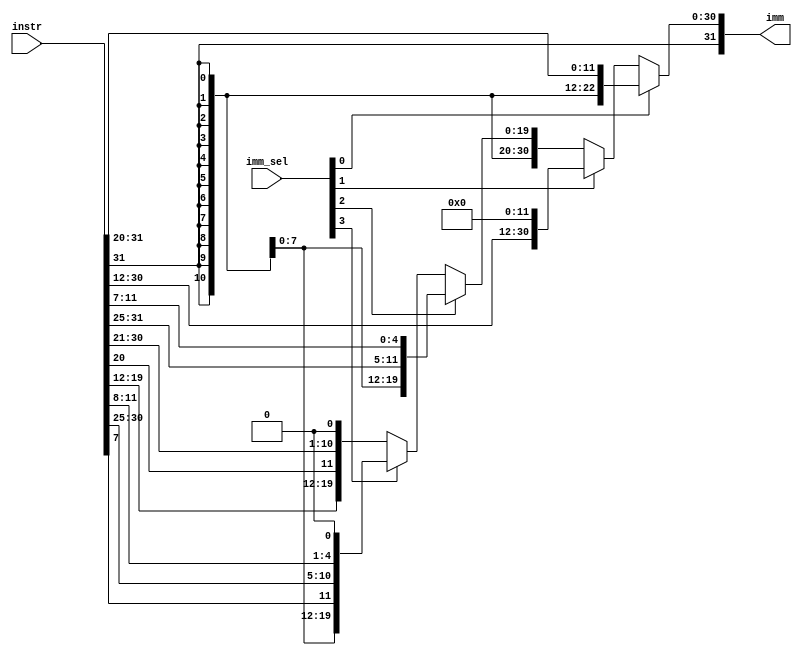
/* verilator lint_off UNUSEDSIGNAL */
module identIMM(
    input [31:0] instr,
    input [4:0] imm_sel,
    output [31:0] imm
);
wire [31:0] immI,immU,immS,immB,immJ;
assign immI = {{20{instr[31]}}, instr[31:20]};
assign immU = {instr[31:12], 12'b0};
assign immS = {{20{instr[31]}}, instr[31:25], instr[11:7]};
assign immB = {{20{instr[31]}}, instr[7], instr[30:25], instr[11:8], 1'b0};
assign immJ = {{12{instr[31]}}, instr[19:12], instr[20], instr[30:21], 1'b0};
assign imm = imm_sel[0]? immI :
             imm_sel[1]? immU :
             imm_sel[2]? immS :
             imm_sel[3]? immB : immJ;
endmodule